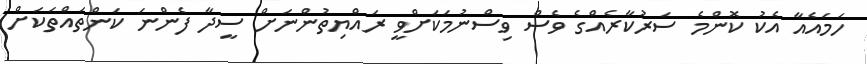
ހަމައެއާ އެކު ކޮންމެ ސަރުކާރެއްގެ ވެސް ވިސްނުމަކަށްވީ ރައްޔިތުންނަށް ސީދާ ފެންނަ ކަންތައްތަކަށް